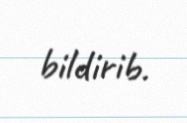
bildirib.